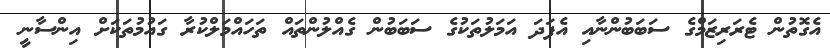
އެގޮތުން ޓެރަރިޒަމްގެ ސަބަބުންނާއި އެފަދަ އަމަލުތަކުގެ ސަބަބުން ގެއްލުންތައް ތަހައްމަލްކުރާ ގައުމުތަކަށް އިންސާނީ